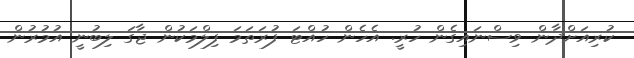
ކުރިއަށްދާން ވިސްނައިގެން ހުރީ. އެހެން ހުއްޓަ ފުރަތަމަ ފިލްމަކުން ޖާގަ ލިބުނީ އުމުރުން